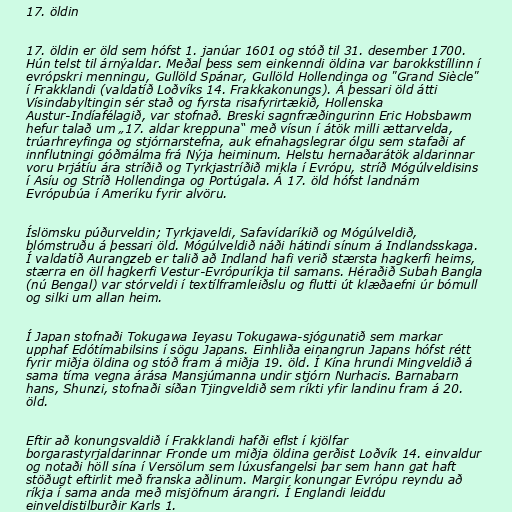
17. öldin

17. öldin er öld sem hófst 1. janúar 1601 og stóð til 31. desember 1700.
Hún telst til árnýaldar. Meðal þess sem einkenndi öldina var barokkstíllinn í
evrópskri menningu, Gullöld Spánar, Gullöld Hollendinga og "Grand Siècle"
í Frakklandi (valdatíð Loðvíks 14. Frakkakonungs). Á þessari öld átti
Vísindabyltingin sér stað og fyrsta risafyrirtækið, Hollenska
Austur-Indíafélagið, var stofnað. Breski sagnfræðingurinn Eric Hobsbawm
hefur talað um „17. aldar kreppuna“ með vísun í átök milli ættarvelda,
trúarhreyfinga og stjórnarstefna, auk efnahagslegrar ólgu sem stafaði af
innflutningi góðmálma frá Nýja heiminum. Helstu hernaðarátök aldarinnar
voru Þrjátíu ára stríðið og Tyrkjastríðið mikla í Evrópu, stríð Mógúlveldisins
í Asíu og Stríð Hollendinga og Portúgala. Á 17. öld hófst landnám
Evrópubúa í Ameríku fyrir alvöru.

Íslömsku púðurveldin; Tyrkjaveldi, Safavídaríkið og Mógúlveldið,
blómstruðu á þessari öld. Mógúlveldið náði hátindi sínum á Indlandsskaga.
Í valdatíð Aurangzeb er talið að Indland hafi verið stærsta hagkerfi heims,
stærra en öll hagkerfi Vestur-Evrópuríkja til samans. Héraðið Subah Bangla
(nú Bengal) var stórveldi í textílframleiðslu og flutti út klæðaefni úr bómull
og silki um allan heim.

Í Japan stofnaði Tokugawa Ieyasu Tokugawa-sjógunatið sem markar
upphaf Edótímabilsins í sögu Japans. Einhliða einangrun Japans hófst rétt
fyrir miðja öldina og stóð fram á miðja 19. öld. Í Kína hrundi Mingveldið á
sama tíma vegna árása Mansjúmanna undir stjórn Nurhacis. Barnabarn
hans, Shunzi, stofnaði síðan Tjingveldið sem ríkti yfir landinu fram á 20.
öld.

Eftir að konungsvaldið í Frakklandi hafði eflst í kjölfar
borgarastyrjaldarinnar Fronde um miðja öldina gerðist Loðvík 14. einvaldur
og notaði höll sína í Versölum sem lúxusfangelsi þar sem hann gat haft
stöðugt eftirlit með franska aðlinum. Margir konungar Evrópu reyndu að
ríkja í sama anda með misjöfnum árangri. Í Englandi leiddu
einveldistilburðir Karls 1.